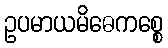
ဥပမာယမိဓေကစ္စေ